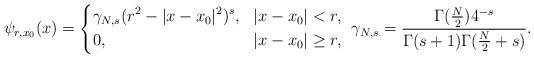
LaTeX: \begin{align*} \psi_{r,x_0}(x)=\left\{\begin{aligned} &\gamma_{N,s}(r^2-|x-x_0|^2)^{s},&& |x-x_0|<r, \\ &0, && |x-x_0|\geq r, \end{aligned}\right. \ \gamma_{N,s}=\frac{\Gamma(\frac{N}{2})4^{-s}}{\Gamma(s+1)\Gamma(\frac{N}{2}+s)}.\end{align*}